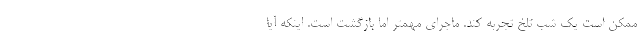
ممکن است یک شب تلخ تجربه کند. ماجرای مهمتر اما بازگشت است. اینکه آیا